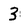
Character: 3